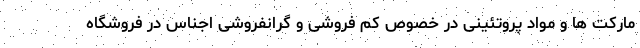
مارکت ها و مواد پروتئینی در خصوص کم فروشی و گرانفروشی اجناس در فروشگاه